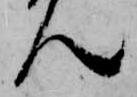
ん